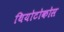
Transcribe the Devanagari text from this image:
थियोटोकोस